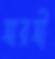
সারসী